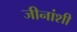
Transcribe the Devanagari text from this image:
जीनांशी